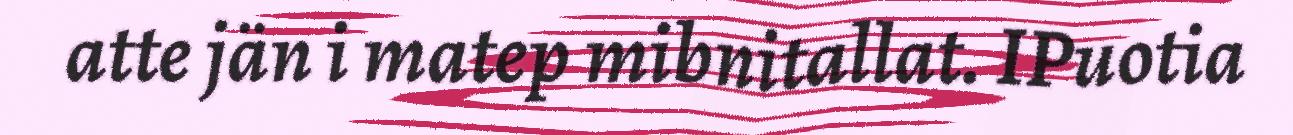
atte jän i matep mibnitallat. IPuotia